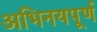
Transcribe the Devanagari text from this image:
अभिनयपूर्ण